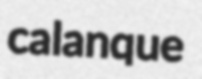
calanque